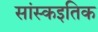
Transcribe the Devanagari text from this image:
सांस्कइतिक